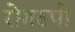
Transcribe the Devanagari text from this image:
रोगरुपी